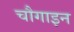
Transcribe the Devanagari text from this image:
चौगाइन